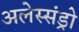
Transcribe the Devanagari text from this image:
अलेस्संड्रो